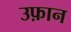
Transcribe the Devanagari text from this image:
उफ़ान